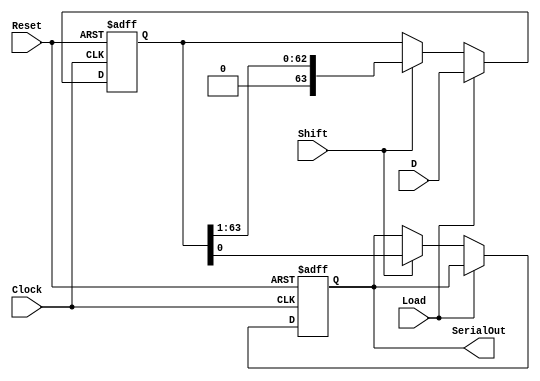
module PISO_Register (
    input wire [63:0] D,      // 64-bit parallel input data
    input wire Load,          // Load control signal
    input wire Shift,         // Shift control signal
    input wire Clock,         // Clock signal
    input wire Reset,         // Asynchronous reset signal
    output reg SerialOut      // Serial output
);

    reg [63:0] shift_reg;     // Internal shift register

    // Asynchronous reset and data loading/shift logic
    always @(posedge Clock or posedge Reset) begin
        if (Reset) begin
            shift_reg <= 64'b0; // Reset the shift register to zero
            SerialOut <= 1'b0;   // Ensure SerialOut is also reset
        end else begin
            if (Load) begin
                shift_reg <= D;   // Load the data into the shift register
            end else if (Shift) begin
                // Shift out the least significant bit
                SerialOut <= shift_reg[0];
                // Left shift the register (or right depending on design choice)
                shift_reg <= shift_reg >> 1; // Shifting right
            end
        end
    end

endmodule